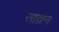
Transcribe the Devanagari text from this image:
साव्रन